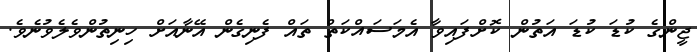
ޖީންގެ ކުޑަ ކުޑަ އަތުން ކޮށްފައިވާ އެމަސައްކަތް ތައް ފެނިގެން އޭނާއަށް ހިނިތުންވެލެވުނެވެ.